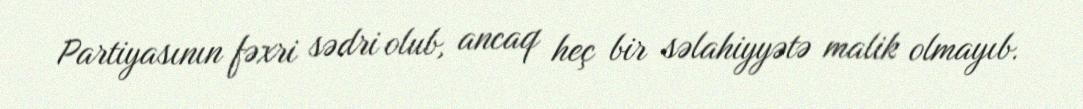
Partiyasının fəxri sədri olub, ancaq heç bir səlahiyyətə malik olmayıb.